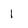
Character: 1